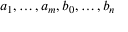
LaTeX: a _ { 1 } , \ldots , a _ { m } , b _ { 0 } , \ldots , b _ { n }